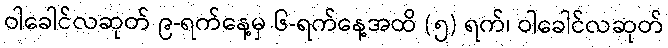
ဝါခေါင်လဆုတ် ၉-ရက်နေ့မှ ၆-ရက်နေ့အထိ (၅) ရက်၊ ဝါခေါင်လဆုတ်